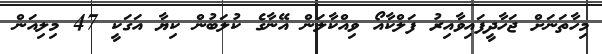
މިހާތަނަށް ޖަހާދީފައިވާއިރު ފަލްކާއޯ ވިއްކާލަން އޭނާގެ ކުލަބުން ކިޔާ އަގަކީ 47 މިލިއަން